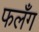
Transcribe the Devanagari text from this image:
फलँग